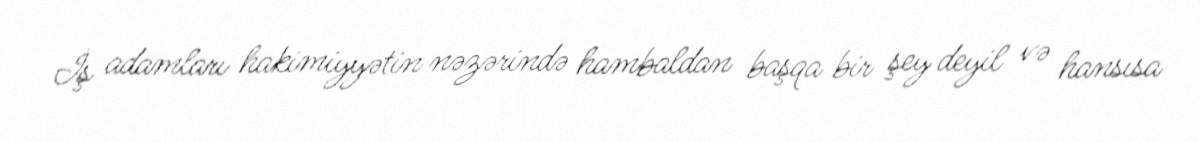
İş adamları hakimiyyətin nəzərində hambaldan başqa bir şey deyil və hansısa